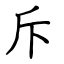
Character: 斥